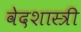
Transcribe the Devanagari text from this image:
वेदशास्त्री